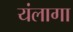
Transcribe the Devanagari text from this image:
यंलागा